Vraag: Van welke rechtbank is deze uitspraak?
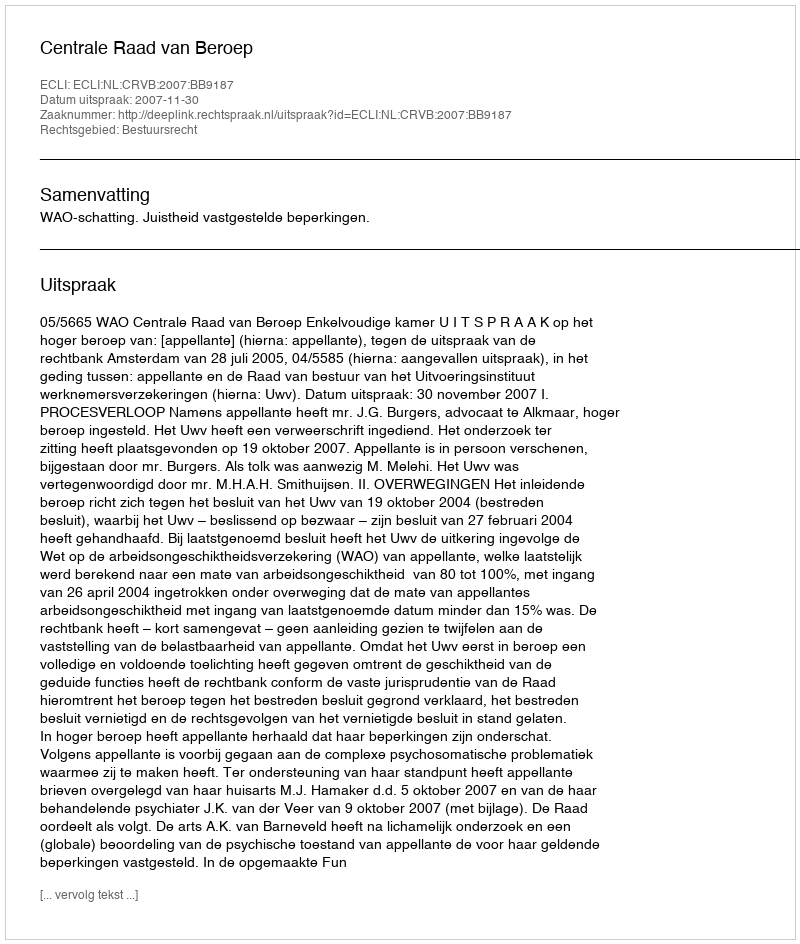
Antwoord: Centrale Raad van Beroep